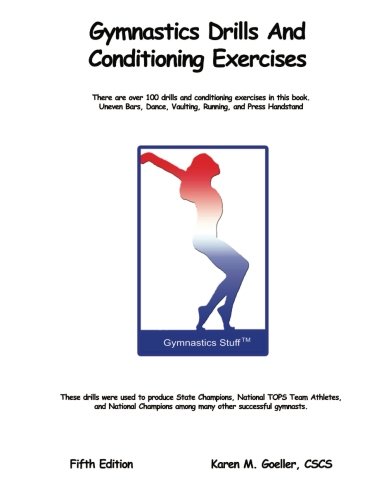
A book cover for Gymnastics Drills and Conditioning Exercises; Karen M Goeller; Sports & Outdoors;